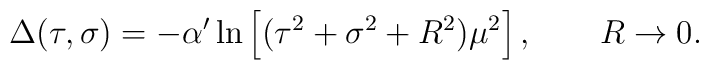
\Delta(\tau,\sigma) = - \alpha'\ln\left[(\tau^2 + \sigma^2 + R^2)\mu^2\right],\qquad R \rightarrow 0.